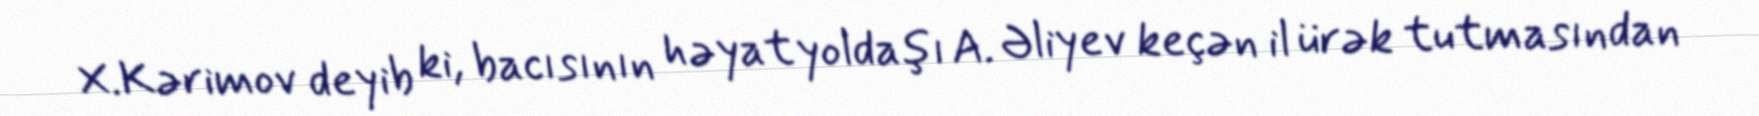
X.Kərimov deyib ki, bacısının həyat yoldaşı A. Əliyev keçən il ürək tutmasından